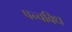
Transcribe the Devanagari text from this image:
पन्चविध